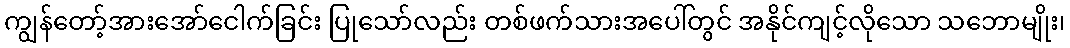
ကျွန်တော့်အားအော်ငေါက်ခြင်း ပြုသော်လည်း တစ်ဖက်သားအပေါ်တွင် အနိုင်ကျင့်လိုသော သဘောမျိုး၊